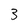
Character: 3